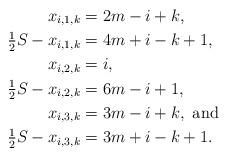
LaTeX: \begin{align*}x_{i,1,k} &= 2m-i+k, \\\tfrac{1}{2} S -x_{i,1,k} &= 4m+i-k+1, \\x_{i,2,k} &= i, \\\tfrac{1}{2} S - x_{i,2,k} &= 6m-i+1, \\x_{i,3,k} &= 3m-i+k, \mbox{ and } \\\tfrac{1}{2} S - x_{i,3,k} &= 3m+i-k+1. \end{align*}